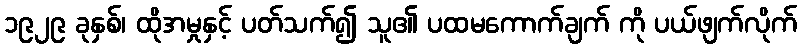
၁၉၂၉ ခုနှစ်၊ ထိုအမှုနှင့် ပတ်သက်၍ သူ၏ ပထမကောက်ချက် ကို ပယ်ဖျက်လိုက်